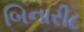
બિનારી૮